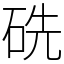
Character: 𥑻